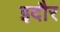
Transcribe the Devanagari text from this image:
इदौर